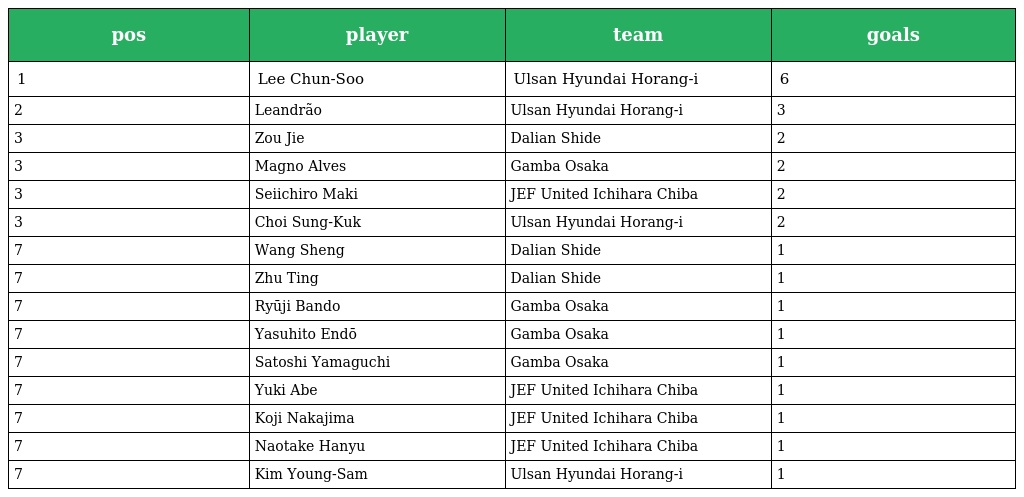
| pos | player | team | goals |
 | --- | --- | --- | --- |
 | 1 | Lee Chun-Soo | Ulsan Hyundai Horang-i | 6 |
 | 2 | Leandrão | Ulsan Hyundai Horang-i | 3 |
 | 3 | Zou Jie | Dalian Shide | 2 |
 | 3 | Magno Alves | Gamba Osaka | 2 |
 | 3 | Seiichiro Maki | JEF United Ichihara Chiba | 2 |
 | 3 | Choi Sung-Kuk | Ulsan Hyundai Horang-i | 2 |
 | 7 | Wang Sheng | Dalian Shide | 1 |
 | 7 | Zhu Ting | Dalian Shide | 1 |
 | 7 | Ryūji Bando | Gamba Osaka | 1 |
 | 7 | Yasuhito Endō | Gamba Osaka | 1 |
 | 7 | Satoshi Yamaguchi | Gamba Osaka | 1 |
 | 7 | Yuki Abe | JEF United Ichihara Chiba | 1 |
 | 7 | Koji Nakajima | JEF United Ichihara Chiba | 1 |
 | 7 | Naotake Hanyu | JEF United Ichihara Chiba | 1 |
 | 7 | Kim Young-Sam | Ulsan Hyundai Horang-i | 1 |